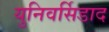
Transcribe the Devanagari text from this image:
युनिवर्सिडाद